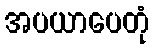
အပယာပေတုံ